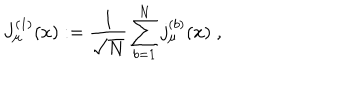
J _ { \mu } ^ { ( 1 ) } ( x ) : = \frac { 1 } { \sqrt { N } } \sum _ { b = 1 } ^ { N } j _ { \mu } ^ { ( b ) } ( x ) \; ,